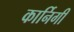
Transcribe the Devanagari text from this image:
कार्निगी